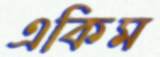
একিম